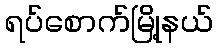
ရပ်စောက်မြို့နယ်